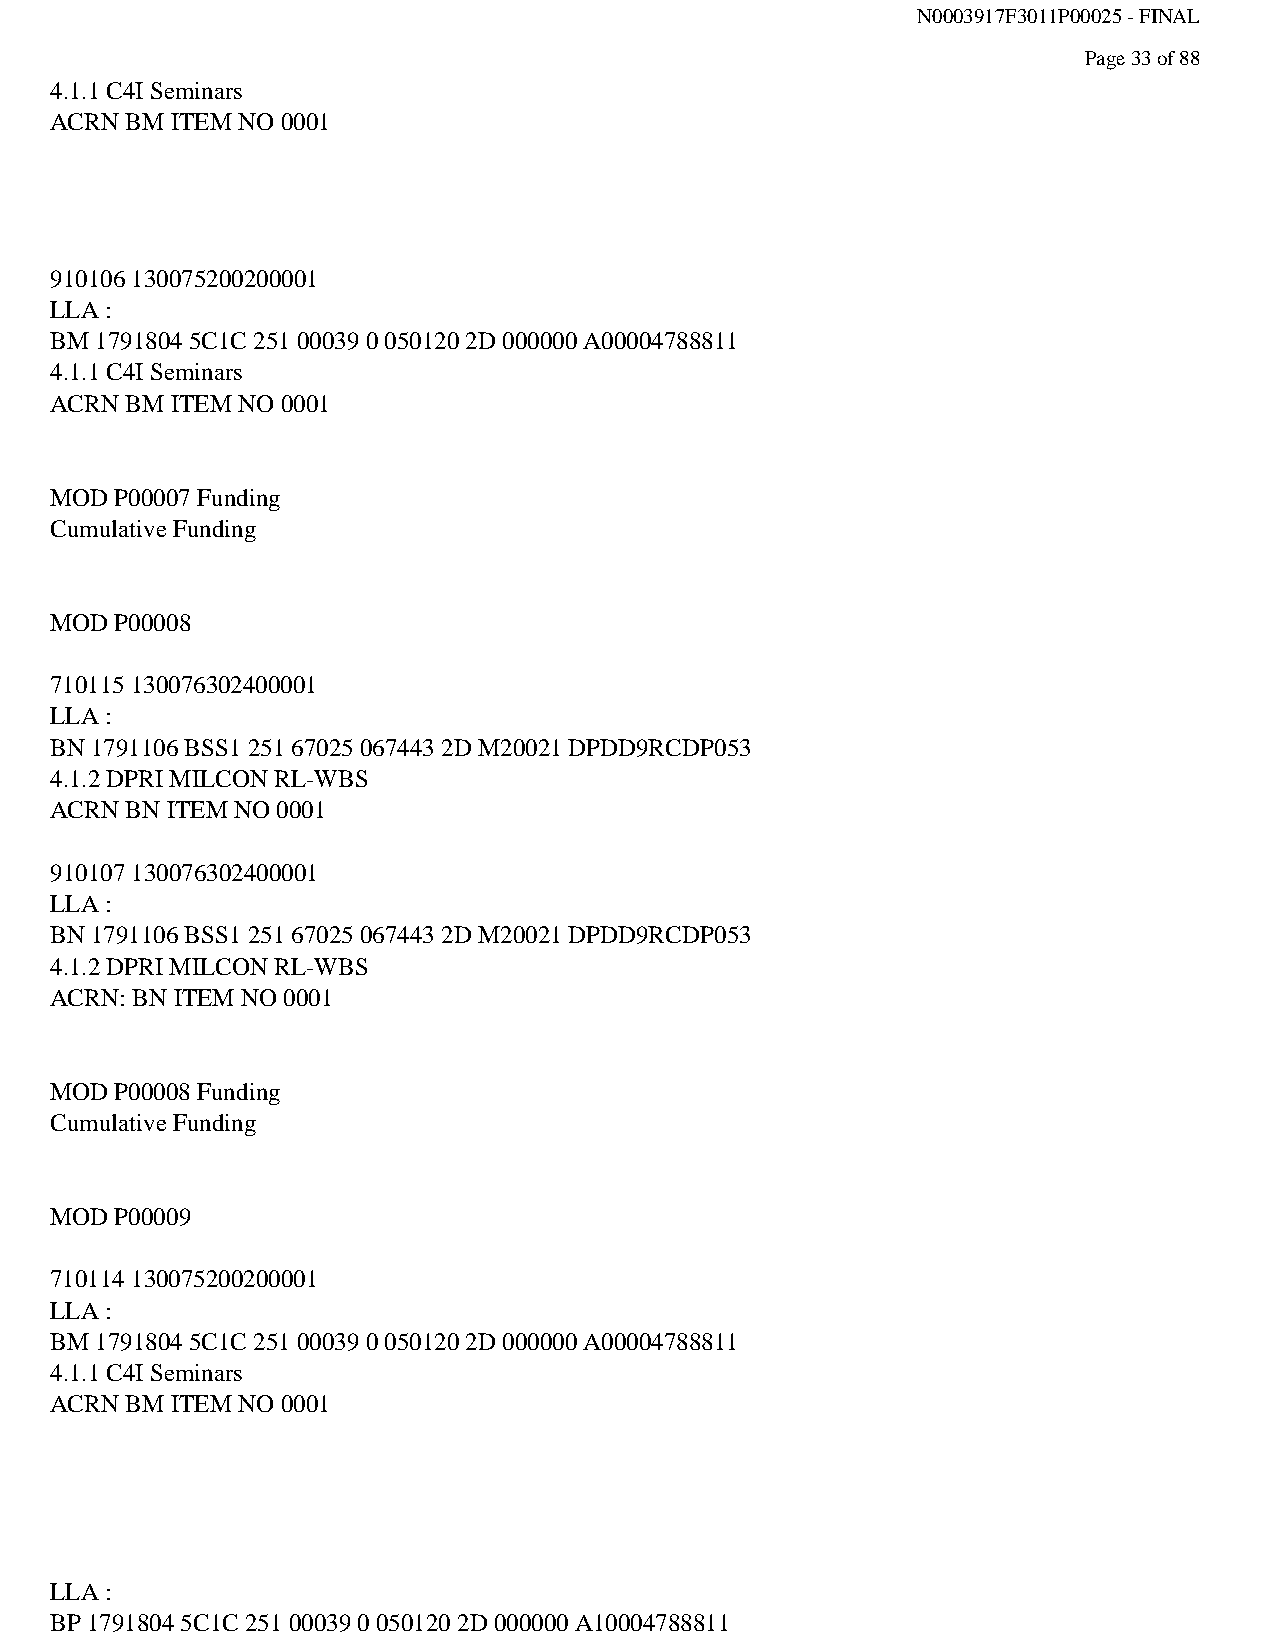
N0003917F3011P00025 - FINAL
 Page 33 of 88
 4.1.1 C4I Seminars
 ACRN BM ITEM NO 0001
 910106 130075200200001
 LLA :
 BM 1791804 5C1C 251 00039 0 050120 2D 000000 A00004788811
 4.1.1 C4I Seminars
 ACRN BM ITEM NO 0001
 MOD  P00007 Funding
 Cumulative Funding
 MOD  P00008
 710115 130076302400001
 LLA :
 BN 1791106 BSS1 251 67025 067443 2D M20021 DPDD9RCDP053
 4.1.2 DPRI MILCON RL-WBS
 ACRN BN ITEM NO 0001
 910107 130076302400001
 LLA :
 BN 1791106 BSS1 251 67025 067443 2D M20021 DPDD9RCDP053
 4.1.2 DPRI MILCON RL-WBS
 ACRN: BN ITEM NO 0001
 MOD  P00008 Funding
 Cumulative Funding
 MOD  P00009
 710114 130075200200001
 LLA :
 BM 1791804 5C1C 251 00039 0 050120 2D 000000 A00004788811
 4.1.1 C4I Seminars
 ACRN BM ITEM NO 0001
 LLA :
 BP 1791804 5C1C 251 00039 0 050120 2D 000000 A10004788811